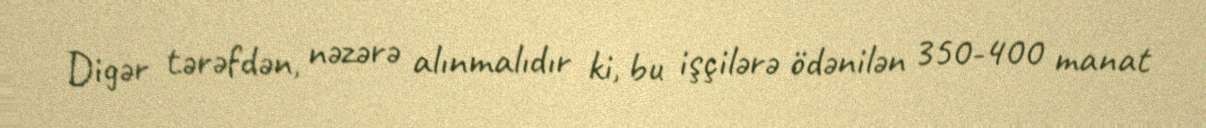
Digər tərəfdən, nəzərə alınmalıdır ki, bu işçilərə ödənilən 350-400 manat